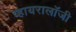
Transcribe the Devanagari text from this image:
व्हायरालॉजी